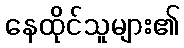
နေထိုင်သူများ၏